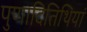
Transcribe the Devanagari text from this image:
पुणादितिथियां